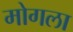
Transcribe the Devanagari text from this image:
मोगला